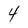
Character: 4